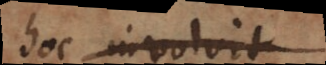
hoc involvit